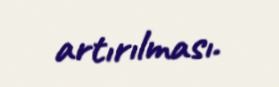
artırılması.